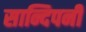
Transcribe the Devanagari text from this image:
सान्दिपनी